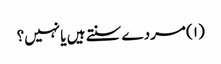
(۱) مردے سنتے ہیں یا نہیں؟